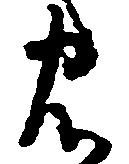
忠